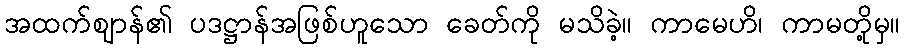
အထက်ဈာန်၏ ပဒဋ္ဌာန်အဖြစ်ဟူသော ခေတ်ကို မသိခဲ့။ ကာမေဟိ၊ ကာမတို့မှ။